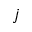
j